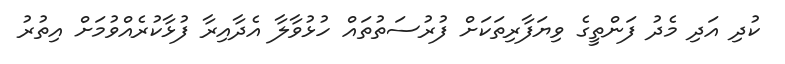
ކުދި އަދި މެދު ފަންތީގެ ވިޔަފާރިތަކަށް ފުރުސަތުތައް ހުޅުވާލާ އެދާއިރާ ފުޅާކުރެއްވުމަށް އިތުރު